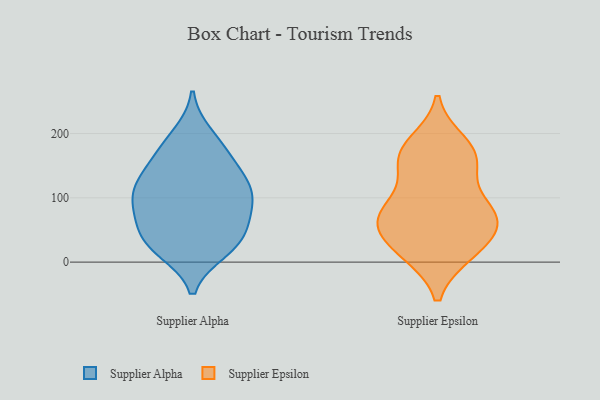
{"axis": {"x": "Production Output", "y": "Value"}, "legend": ["Supplier Alpha", "Supplier Epsilon"], "data": [{"x": "", "y": 197, "type": "Supplier Alpha"}, {"x": "", "y": 58, "type": "Supplier Alpha"}, {"x": "", "y": 64, "type": "Supplier Alpha"}, {"x": "", "y": 118, "type": "Supplier Alpha"}, {"x": "", "y": 174, "type": "Supplier Alpha"}, {"x": "", "y": 119, "type": "Supplier Alpha"}, {"x": "", "y": 86, "type": "Supplier Alpha"}, {"x": "", "y": 169, "type": "Supplier Alpha"}, {"x": "", "y": 121, "type": "Supplier Alpha"}, {"x": "", "y": 32, "type": "Supplier Alpha"}, {"x": "", "y": 101, "type": "Supplier Alpha"}, {"x": "", "y": 19, "type": "Supplier Alpha"}, {"x": "", "y": 140, "type": "Supplier Alpha"}, {"x": "", "y": 89, "type": "Supplier Alpha"}, {"x": "", "y": 32, "type": "Supplier Alpha"}, {"x": "", "y": 24, "type": "Supplier Alpha"}, {"x": "", "y": 14, "type": "Supplier Epsilon"}, {"x": "", "y": 64, "type": "Supplier Epsilon"}, {"x": "", "y": 185, "type": "Supplier Epsilon"}, {"x": "", "y": 54, "type": "Supplier Epsilon"}, {"x": "", "y": 79, "type": "Supplier Epsilon"}, {"x": "", "y": 14, "type": "Supplier Epsilon"}, {"x": "", "y": 153, "type": "Supplier Epsilon"}, {"x": "", "y": 19, "type": "Supplier Epsilon"}, {"x": "", "y": 169, "type": "Supplier Epsilon"}, {"x": "", "y": 75, "type": "Supplier Epsilon"}, {"x": "", "y": 72, "type": "Supplier Epsilon"}, {"x": "", "y": 150, "type": "Supplier Epsilon"}, {"x": "", "y": 170, "type": "Supplier Epsilon"}, {"x": "", "y": 96, "type": "Supplier Epsilon"}, {"x": "", "y": 53, "type": "Supplier Epsilon"}]}